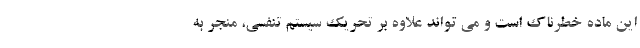
این ماده خطرناک است و می تواند علاوه بر تحریک سیستم تنفسی، منجر به